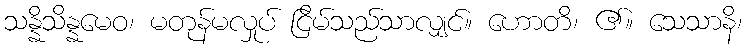
သန္နိသိန္နမေဝ၊ မတုန်မလှုပ် ငြိမ်သည်သာလျှင်။ ဟောတိ၊ ၏။ သေသာနိ၊